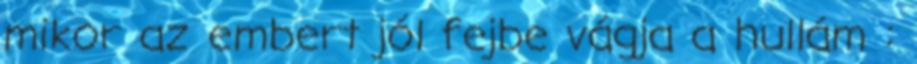
mikor az embert jól fejbe vágja a hullám :